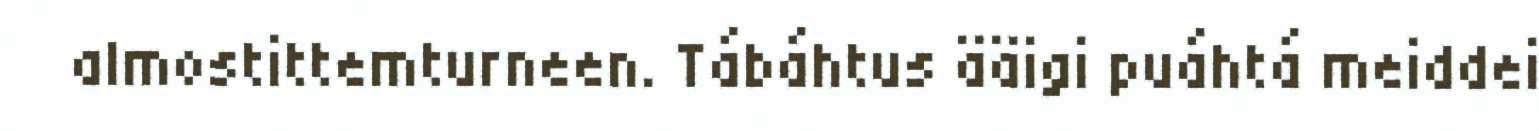
almostittemturneen. Tábáhtus ääigi puáhtá meiddei